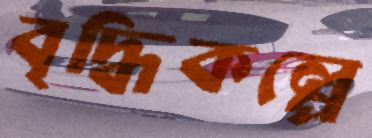
বৃদ্ধিকল্পে